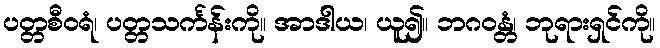
ပတ္တစီဝရံ၊ ပတ္တသင်္ကန်းကို။ အာဒါယ၊ ယူ၍။ ဘဂဝန္တံ၊ ဘုရားရှင်ကို။